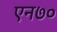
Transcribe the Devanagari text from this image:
एन७०